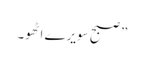
” صبح سویرے اٹھو۔